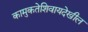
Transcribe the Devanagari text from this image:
कामुकतेशिवायदेखील